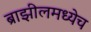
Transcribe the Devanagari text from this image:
ब्राझीलमध्येच